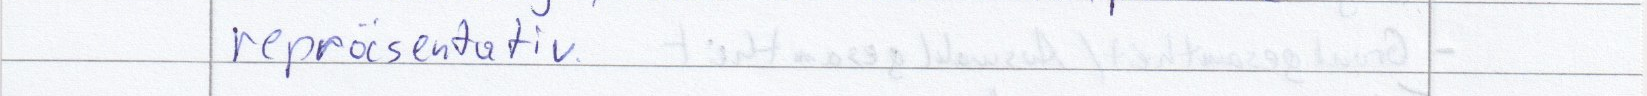
repräsentativ